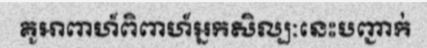
គូអាពាហ៍ពិពាហ៍អ្នកសិល្បៈនេះបញ្ជាក់